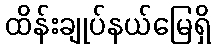
ထိန်းချုပ်နယ်မြေရှိ